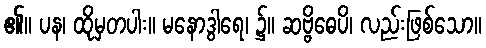
၏။ ပန၊ ထိုမှတပါး။ မနောဒွါရေ၊ ၌။ ဆဗ္ဗိဓေပိ၊ လည်းဖြစ်သော။